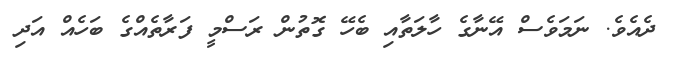
ދެއެވެ. ނަމަވެސް އޭނާގެ ހާލަތާއި ބެހޭ ގޮތުން ރަސްމީ ފަރާތެއްގެ ބަހެއް އަދި